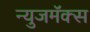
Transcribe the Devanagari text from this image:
न्युजमॅक्स